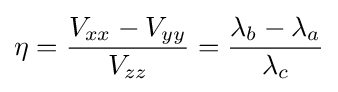
\eta ={\frac {V_{xx}-V_{yy}}{V_{zz}}}={\frac {\lambda _{b}-\lambda _{a}}{\lambda _{c}}}